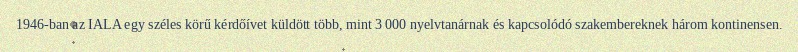
1946-ban az IALA egy széles körű kérdőívet küldött több, mint 3 000 nyelvtanárnak és kapcsolódó szakembereknek három kontinensen.